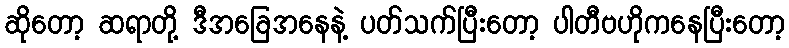
ဆိုတော့ ဆရာတို့ ဒီအခြေအနေနဲ့ ပတ်သက်ပြီးတော့ ပါတီဗဟိုကနေပြီးတော့